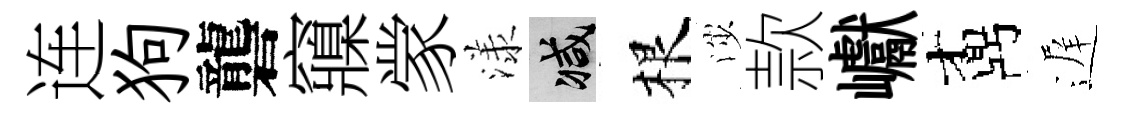
连狗礱䆿䝉漾减根渉款巘鼒遅